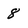
Character: 8